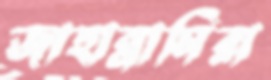
জাহান্নামিরা